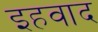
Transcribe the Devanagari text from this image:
इहवाद